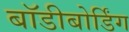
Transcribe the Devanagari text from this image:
बॉडीबोर्डिंग